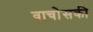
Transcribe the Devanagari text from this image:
वाचोसकी